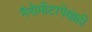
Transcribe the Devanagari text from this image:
नॅनोमीटरपेक्षाही